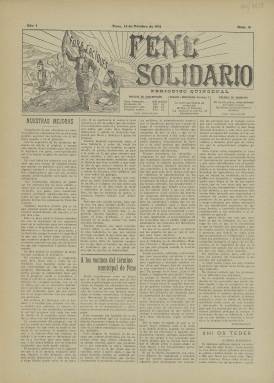
Título: Fene solidario
Colección: Periódicos
Ámbito geográfico: La Coruña
Lugar de publicación: Fene [La Coruña]
Fechas: 15/10/1911-15/10/1911